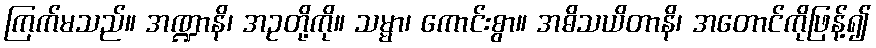
ကြက်မသည်။ အဏ္ဍာနိ၊ အဥတို့ကို။ သမ္မာ၊ ကောင်းစွာ။ အဓိသယိတာနိ၊ အတောင်ကိုဖြန့်၍